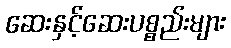
ဆေးနှင့်ဆေးပစ္စည်းများ